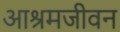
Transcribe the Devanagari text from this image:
आश्रमजीवन